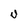
Character: U